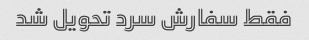
فقط سفارش سرد تحویل شد